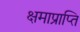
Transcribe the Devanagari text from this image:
क्षमाप्राप्ति